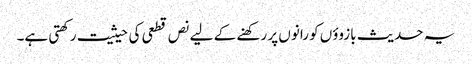
یہ حدیث بازوؤں کو رانوں پر رکھنے کے لیے نص قطعی کی حیثیت رکھتی ہے۔